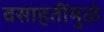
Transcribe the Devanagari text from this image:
वसाहतींमुळे